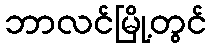
ဘာလင်မြို့တွင်